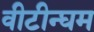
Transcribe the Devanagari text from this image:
वीटीन्घम